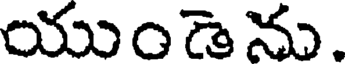
యుండెను.